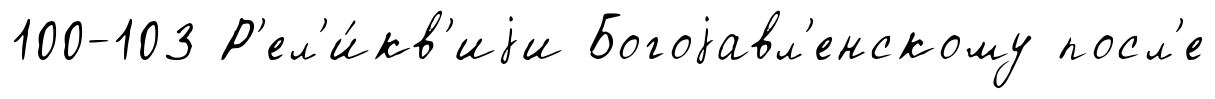
100-103 Р'ел'и́кв'иjи Богоjавл'енскому посл'е